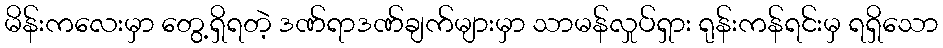
မိန်းကလေးမှာ တွေ့ရှိရတဲ့ ဒဏ်ရာဒဏ်ချက်များမှာ သာမန်လှုပ်ရှား ရုန်းကန်ရင်းမှ ရရှိသော